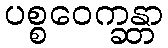
ပစ္စဝေက္ခန္တာ